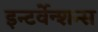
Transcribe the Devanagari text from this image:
इन्टर्वेन्शन्स